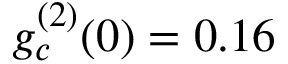
g _ { c } ^ { ( 2 ) } ( 0 ) = 0 . 1 6